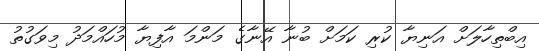
އިބްތިހާލަށް އަނިޔާ ކުރި ކަމަށް ބުނާ އޭނާގެ މަންމަ އާފިޔާ މުހައްމަދު މިވަގުތު